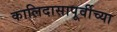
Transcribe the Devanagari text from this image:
कालिदासापूर्वीच्या